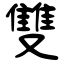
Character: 雙